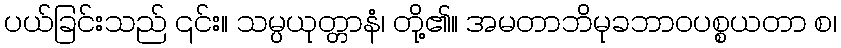
ပယ်ခြင်းသည် ၎င်း။ သမ္ပယုတ္တာနံ၊ တို့၏။ အမတာဘိမုခဘာဝပစ္စယတာ စ၊